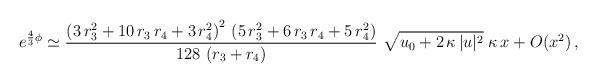
LaTeX: \begin{align*}e^{\frac43 \phi} \simeq \frac{\left( 3\,r_3^2 +10\, r_3\, r_4 +3\,r_4^2 \right)^2\, \left( 5\,r_3^2 +6\, r_3\,r_4 +5\,r_4^2\right) }{128\,\left( r_3 +r_4 \right) }\, \, \sqrt{u_0 +2\,\kappa\,|u|^2}\;\kappa\, x + O(x^2)\,,\end{align*}